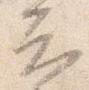
云